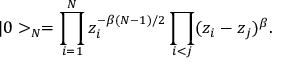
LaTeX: | 0 > _ { N } = \prod _ { i = 1 } ^ { N } z _ { i } ^ { - \beta ( N - 1 ) / 2 } \prod _ { i < j } ( z _ { i } - z _ { j } ) ^ { \beta } .